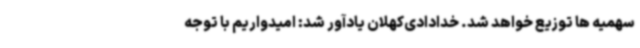
سهمیه ها توزیع خواهد شد. خدادادی‌کهلان یادآور شد: امیدواریم با توجه